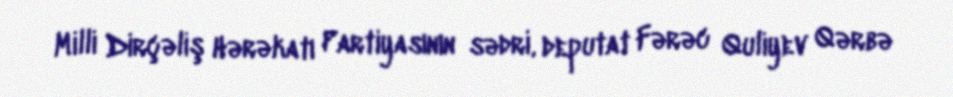
Milli Dirçəliş Hərəkatı Partiyasının sədri, deputat Fərəc Quliyev Qərbə